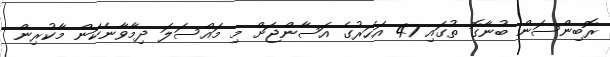
ރޮބިންސަން ބުނާގޮ ތުގައި 47 އަހަރުގެ އަސާންޖަށް މި މައްސަލަ ދިމާވާނެކަން މާކުރިން